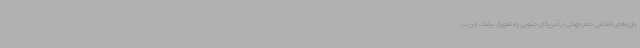
بازی‌های انتخابی جام جهانی در آمریکای جنوبی به تعویق بیفتد. این ب